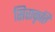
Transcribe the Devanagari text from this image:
सिराकृति